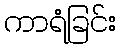
ကာရံခြင်း